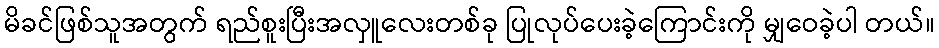
မိခင်ဖြစ်သူအတွက် ရည်စူးပြီးအလှူလေးတစ်ခု ပြုလုပ်ပေးခဲ့ကြောင်းကို မျှဝေခဲ့ပါ တယ်။